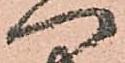
へ